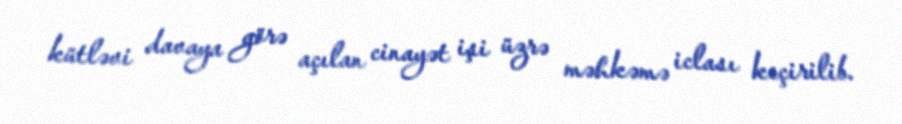
kütləvi davaya görə açılan cinayət işi üzrə məhkəmə iclası keçirilib.